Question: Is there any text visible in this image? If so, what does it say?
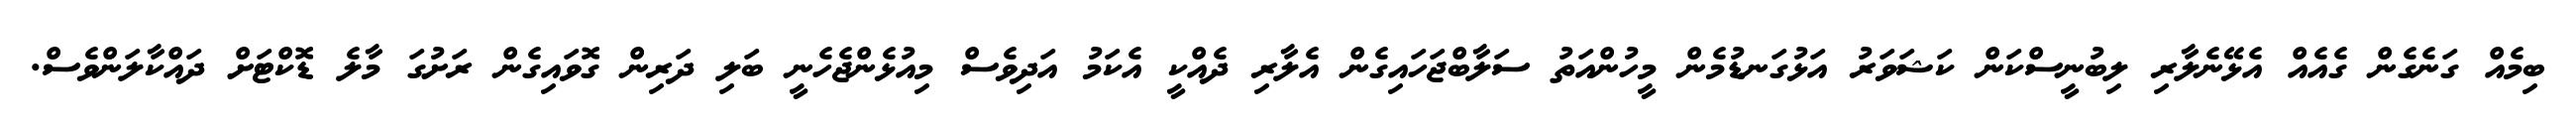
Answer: ބިމެއް ގަނެގެން ގެއެއް އެޅޭނެލާރި ލިބުނީސްކަން ކަޝަވަރު އަޅުގަނޑުމެން މީހުންއަތު ސަލާބްޖަހައިގެން އެލާރި ދެއްކީ އެކަމު އަދިވެސް މިއުޅެންޖެހެނީ ބަލި ދަރިން ގޮވައިގެން ރަށުގަ މާލެ ޑޮކްޓަށް ދައްކާލަންވެސް.